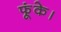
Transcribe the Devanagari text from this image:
फूंके।